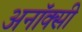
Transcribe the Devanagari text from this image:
अनॉक्सी